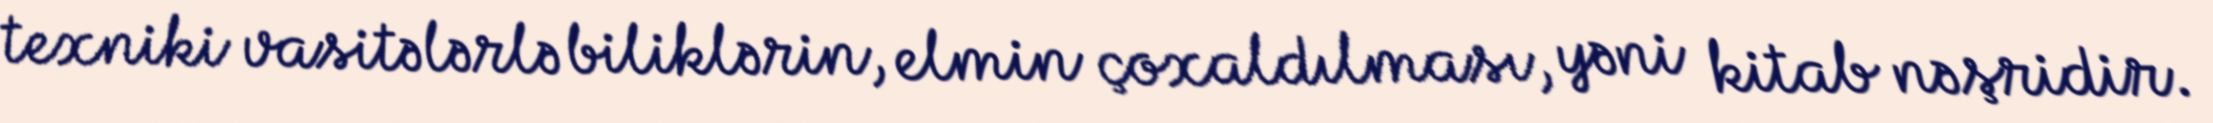
texniki vasitələrlə biliklərin, elmin çoxaldılması, yəni kitab nəşridir.